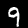
Digit: 9